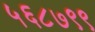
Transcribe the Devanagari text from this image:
५६८७९९